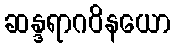
ဆန္ဒရာဂဝိနယော